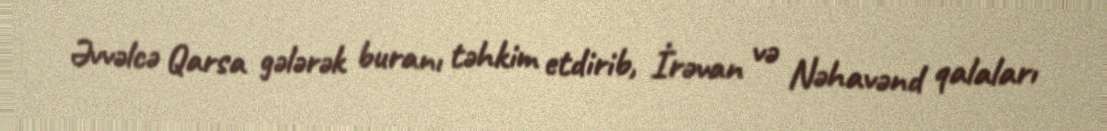
Əvvəlcə Qarsa gələrək buranı təhkim etdirib, İrəvan və Nəhavənd qalaları